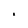
Character: i